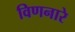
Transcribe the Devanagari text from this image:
विणनारे